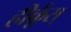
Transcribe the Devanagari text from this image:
हीर्कूस्